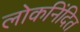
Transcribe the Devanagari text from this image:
लोकनिंदित